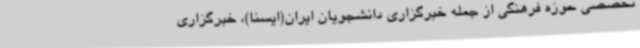
تخصصی حوزه فرهنگی از جمله خبرگزاری دانشجویان ایران(ایسنا)، خبرگزاری